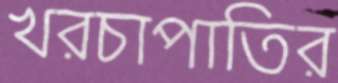
খরচাপাতির